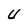
Character: U